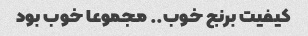
کیفیت برنج خوب.. مجموعا خوب بود